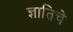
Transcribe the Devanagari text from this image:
ज्ञातिचे